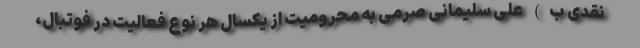
نقدی ب) علی سلیمانی صرمی به محرومیت از یکسال هر نوع فعالیت در فوتبال،